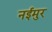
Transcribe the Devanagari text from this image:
नईमुर